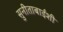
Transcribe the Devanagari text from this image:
सुनीताबाईंशी